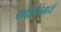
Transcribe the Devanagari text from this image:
पर्णशालेमध्ये